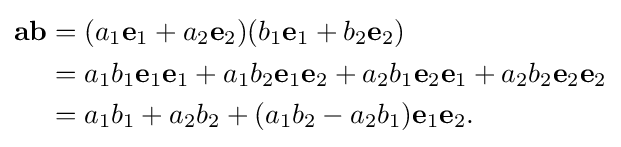
{\begin{aligned}\mathbf {a} \mathbf {b} &=(a_{1}\mathbf {e} _{1}+a_{2}\mathbf {e} _{2})(b_{1}\mathbf {e} _{1}+b_{2}\mathbf {e} _{2})\\&=a_{1}b_{1}\mathbf {e} _{1}\mathbf {e} _{1}+a_{1}b_{2}\mathbf {e} _{1}\mathbf {e} _{2}+a_{2}b_{1}\mathbf {e} _{2}\mathbf {e} _{1}+a_{2}b_{2}\mathbf {e} _{2}\mathbf {e} _{2}\\&=a_{1}b_{1}+a_{2}b_{2}+(a_{1}b_{2}-a_{2}b_{1})\mathbf {e} _{1}\mathbf {e} _{2}.\end{aligned}}